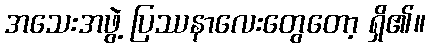
အသေးအဖွဲ့ ပြဿနာလေးတွေတော့ ရှိ၏။